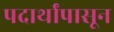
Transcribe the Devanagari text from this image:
पदार्थांपासून